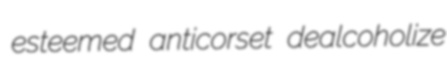
esteemed anticorset dealcoholize